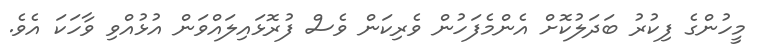
މީހުންގެ ފިކުރު ބަދަލުކޮށް އެންމެފަހުން ވެރިކަން ވެސް ފުރޮޅައިލައްވަން އުުޅުއްވި ވާހަކަ އެވެ.